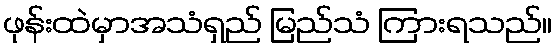
ဖုန်းထဲမှာအသံရှည် မြည်သံ ကြားရသည်။